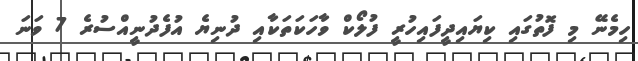
ހިމެނޭ މި ފޮތުގައި ކިޔައިދީފައިހުރީ ފުލޯކް ވާހަކަތަކާއި ދުނިޔެ އުފެދުނީއްސުރެ 7 ވަނަ